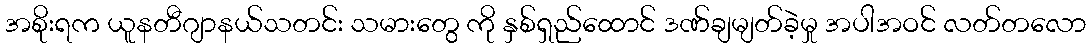
အစိုးရက ယူနတီဂျာနယ်သတင်း သမားတွေ ကို နှစ်ရှည်ထောင် ဒဏ်ချမျတ်ခဲ့မှု အပါအဝင် လတ်တလော